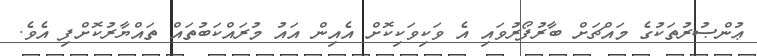
ޢުންޞުރުތަކުގެ މައްޗަށް ބާރުފޯރުވައި އެ ވަކިވަކިކޮށް އެއިން އައު މުރައްކަބުތައް ތައްޔާރުކޮށްފި އެވެ.